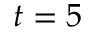
t = 5